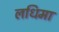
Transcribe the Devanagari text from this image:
लधिमा